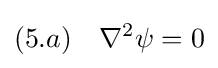
(5.a)\quad \nabla ^{2}\psi =0